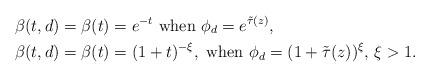
LaTeX: \begin{align*}\beta(t,d) &= \beta (t) = e^{-t} \mbox{ when } \phi_d = e^{\tilde \tau (z)}, \\\beta(t,d) &= \beta (t) = (1+t)^{-\xi} , \mbox{ when } \phi_d = (1 + \tilde \tau (z))^\xi,\, \xi >1 .\end{align*}